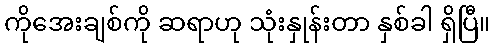
ကိုအေးချစ်ကို ဆရာဟု သုံးနှုန်းတာ နှစ်ခါ ရှိပြီ။